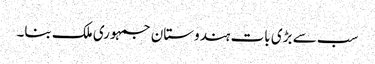
سب سے بڑی بات ہندوستان جمہوری ملک بنا۔